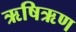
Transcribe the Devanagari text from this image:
ऋषिऋण